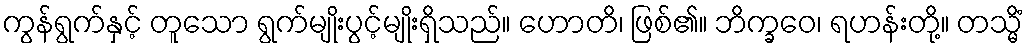
ကွန်ရွက်နှင့် တူသော ရွက်မျိုးပွင့်မျိုးရှိသည်။ ဟောတိ၊ ဖြစ်၏။ ဘိက္ခဝေ၊ ရဟန်းတို့။ တသ္မိံ